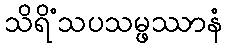
သိရိံသပသမ္ဖဿာနံ